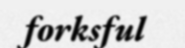
forksful